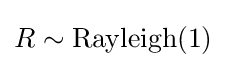
R\sim \mathrm {Rayleigh} (1)